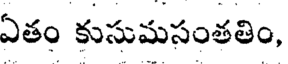
ఏతం కుసుమసంతతిం,